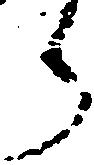
ら